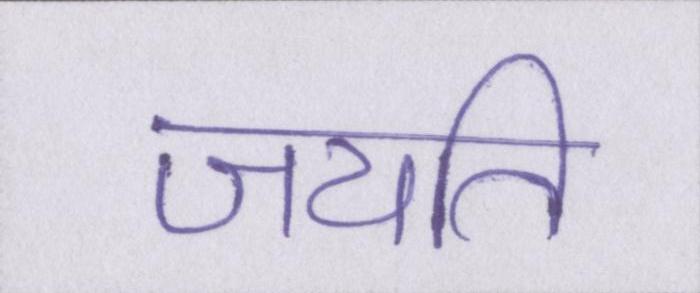
जयति